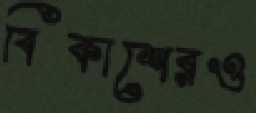
বিকাশেরও